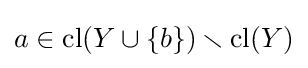
a\in \operatorname {cl} (Y\cup \{b\})\smallsetminus \operatorname {cl} (Y)